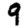
Digit: 9